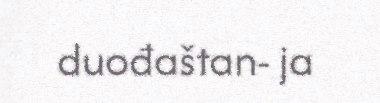
duođaštan- ja